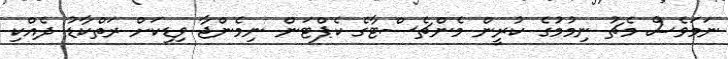
ނަމަވެސް މެޗު ނިމުމުގެ ކުރީން މެންޗެސްޓާގެ ކެޕްޓަން ނިމެންޖާ ވިޑިކަށް ރަތްކާޑު ދެއްކި